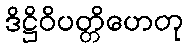
ဒိဋ္ဌိဝိပတ္တိဟေတု